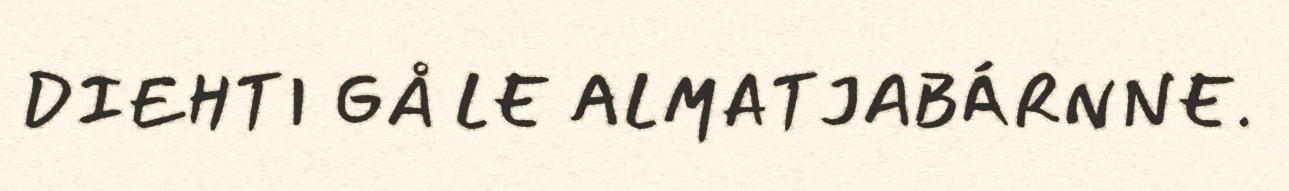
DIEHTI GÅ LE ALMATJABÁRNNE.